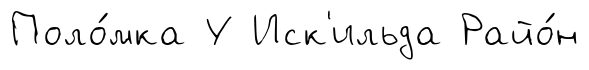
Поло́мка У Иск'ильда Райо́н